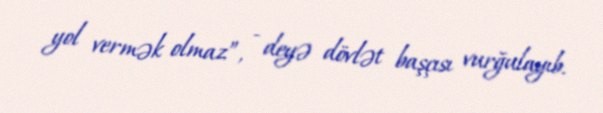
yol vermək olmaz”, - deyə dövlət başçısı vurğulayıb.